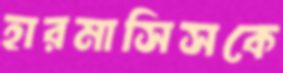
হারমাসিসকে